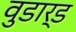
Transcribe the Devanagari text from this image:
वुडार्ड